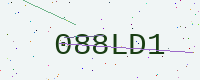
Text: 088LD1